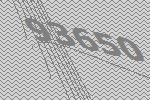
93650